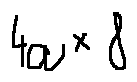
4 a \times 8